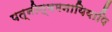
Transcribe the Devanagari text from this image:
पत्नीत्वमनायियापि